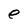
Character: e